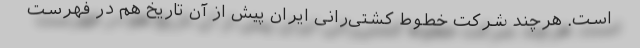
است. هرچند شرکت خطوط کشتی‌رانی ایران پیش از آن تاریخ هم در فهرست